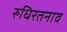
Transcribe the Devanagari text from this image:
रुधिरतनाव